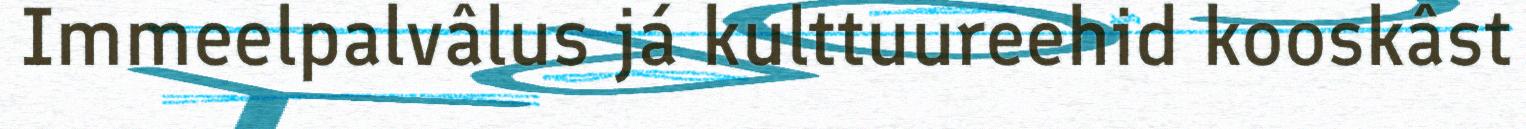
Immeelpalvâlus já kulttuureehid kooskâst